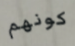
كونهم